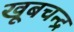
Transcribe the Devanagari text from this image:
खूबचन्द्र